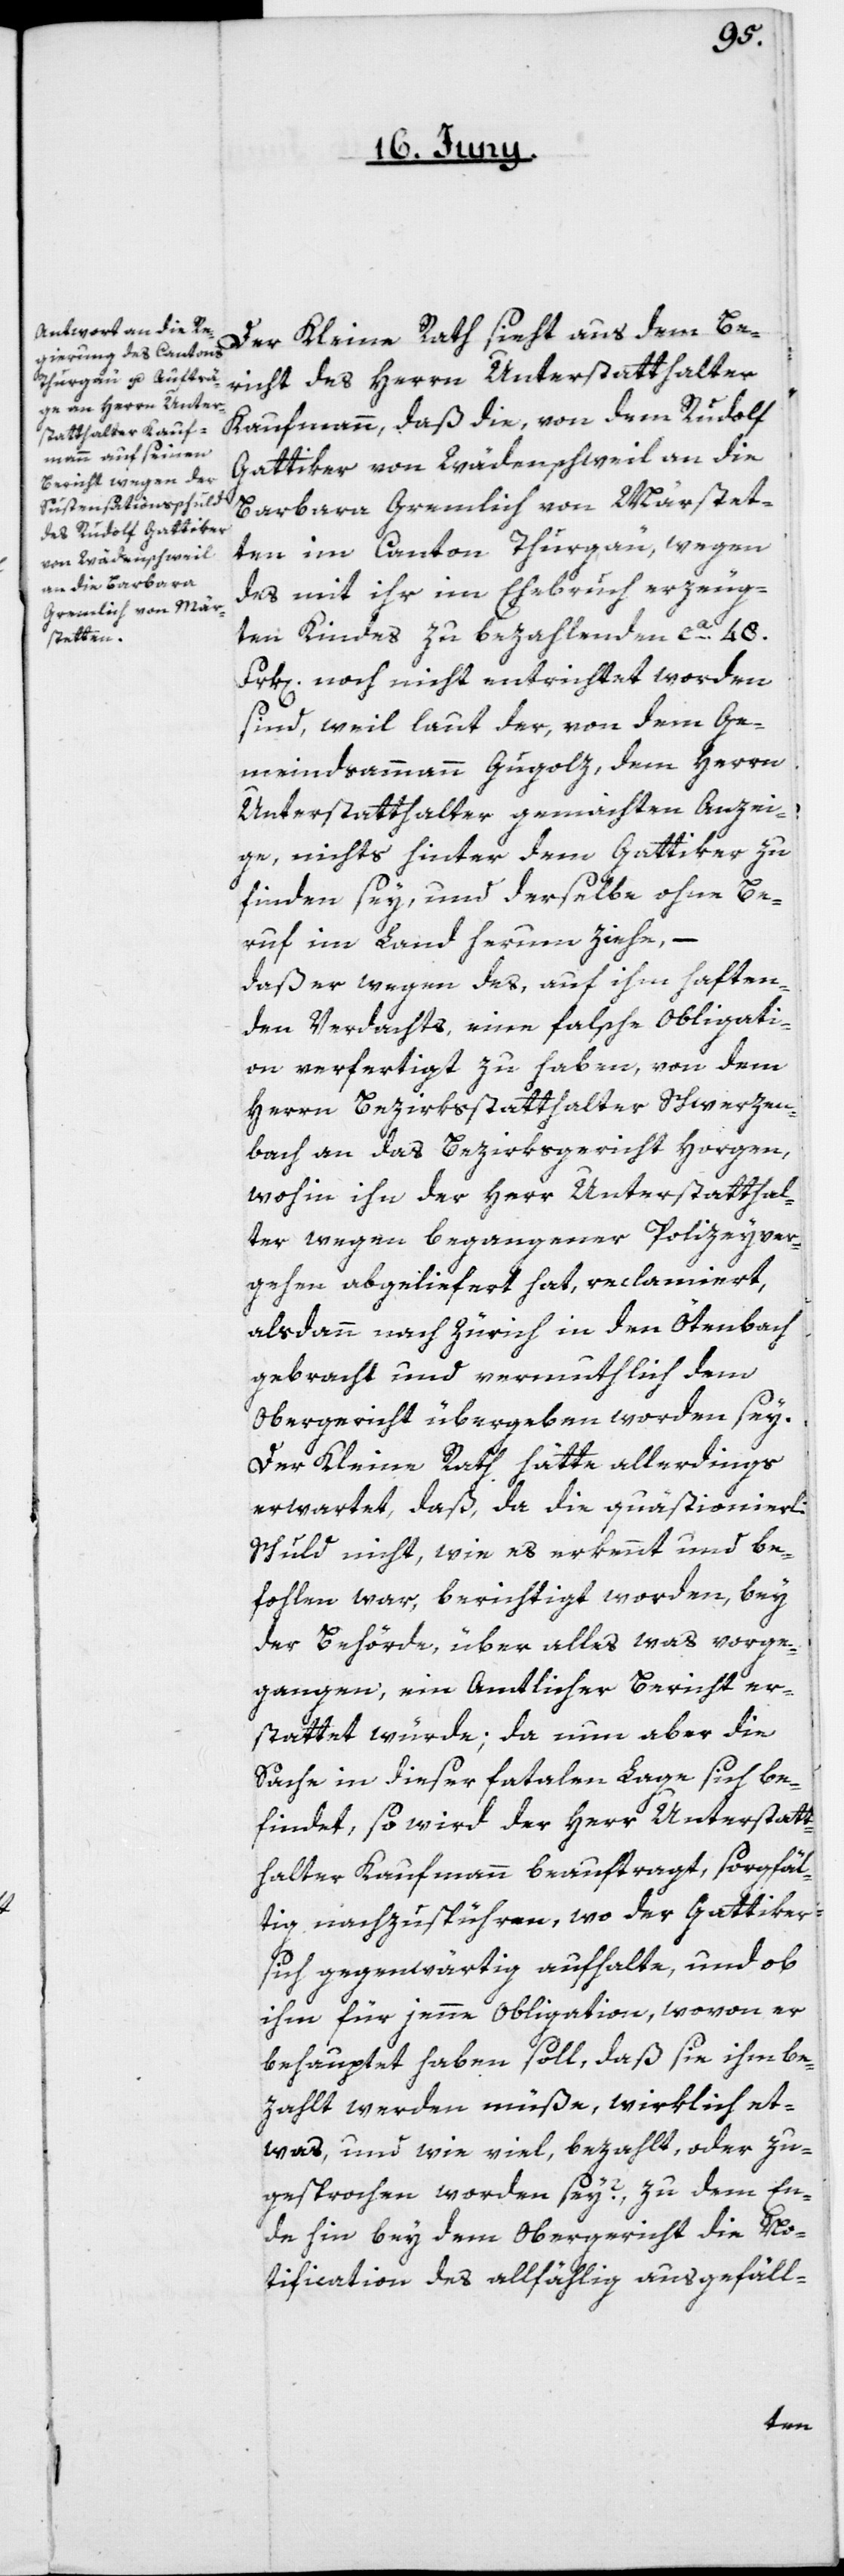
che
Der Kleine Rath sieht aus dem Be¬
richt des Herrn Unterstatthalter
Kaufmann, daß die, von dem Rudolf
Gattiker von Wädenschweil an die
Barbara Gremlich von Märstet¬
ten im Canton Thurgäu, wegen
des mit ihr im Ehebruch erzeug¬
ten Kindes zu bezahlenden ca. 48
Frk[en]. noch nicht entrichtet worden
sind, weil laut der, von dem Ge¬
meindsammann Gugolz, dem Herrn
Unterstatthalter gemachten Anzei¬
ge, nichts hinter dem Gattiker zu
finden sey, und derselbe ohne Be¬
ruf im Land herum ziehe, –
daß er wegen des, auf ihm haften¬
den Verdachts, eine falsche Obligati¬
on verfertigt zu haben, von dem
Herrn Bezirksstatthalter Schwerzen¬
bach an das Bezirksgericht Horgen,
wohin ihn der Herr Unterstatthal¬
ter wegen begangener Polizeyver¬
gehen abgelieferet hat, reclamiert,
alsdann nach Zürich in den Ötenbach
gebracht und vermuthlich dem
Obergericht übergeben worden sey.
Der Kleine Rath hätte allerdings
erwartet, daß, da die quästionierli¬
Schuld nicht, wie es erkennt und be¬
fohlen war, berichtigt worden, bey
der Behörde, über alles was vorge¬
gangen, ein Amtlicher Bericht er¬
stattet würde; da nun aber die
Sache in dieser fatalen Lage sich be¬
findet, so wird der Herr Unterstatt¬
halter Kaufmann beauftragt, sorgfäl¬
tig nachzuspühren, wo der Gattiker
sich gegenwärtig aufhalte, und ob
ihm für jene Obligation, wovon er
behauptet haben soll, daß sie ihm be¬
zahlt werden müße, wirklich et¬
was, und wie viel, bezahlt, oder zu¬
gesprochen worden sey?, zu dem En¬
de hin bey dem Obergericht die No¬
tification des allfählig ausgefäll-